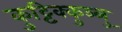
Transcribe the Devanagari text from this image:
कुट्टिक्कुञ्ञु